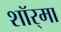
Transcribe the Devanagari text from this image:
शॉर्‌मा